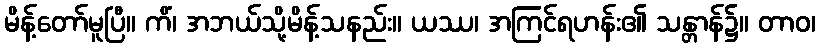
မိန့်တော်မူပြီ။ ကိံ၊ အဘယ်သို့မိန့်သနည်း။ ယဿ၊ အကြင်ရဟန်း၏ သန္တာန်၌။ တာဝ၊